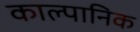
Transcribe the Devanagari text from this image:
काल्पानिक